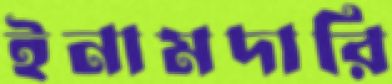
ইনামদারি